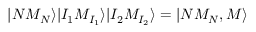
| N M _ { N } \rangle | I _ { 1 } M _ { I _ { 1 } } \rangle | I _ { 2 } M _ { I _ { 2 } } \rangle = | N M _ { N } , M \rangle